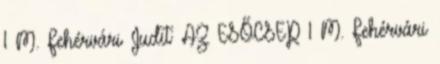
1 M. Fehérvári Judit: AZ ESŐCSEP 1 M. Fehérvári